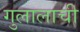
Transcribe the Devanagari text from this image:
गुलालाची